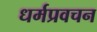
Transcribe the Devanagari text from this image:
धर्मप्रवचन